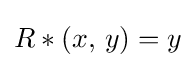
R*(x,\,y)=y